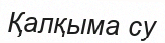
Қалқыма су